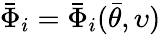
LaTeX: \bar{\Phi}_{i}=\bar{\Phi}_{i}(\bar{\theta},\upsilon)